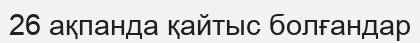
26 ақпанда қайтыс болғандар